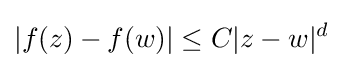
|f(z)-f(w)|\leq C|z-w|^{d}